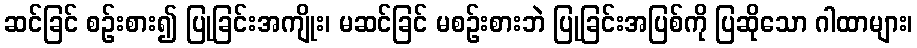
ဆင်ခြင် စဉ်းစား၍ ပြုခြင်းအကျိုး၊ မဆင်ခြင် မစဉ်းစားဘဲ ပြုခြင်းအပြစ်ကို ပြဆိုသော ဂါထာများ၊